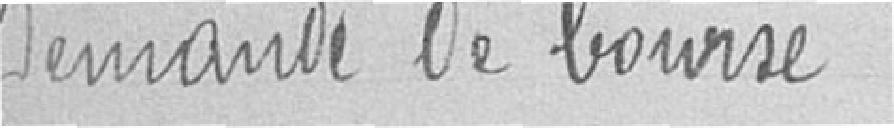
Demande de bourse à